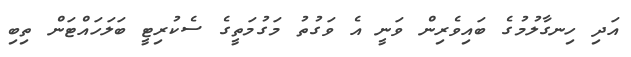
އަދި ހިނގާލުމުގެ ބައިވެރިން ވަނީ އެ ވަގުތު މަގުމަތީގެ ސެކުރިޓީ ބަލަހައްޓަން ތިބި